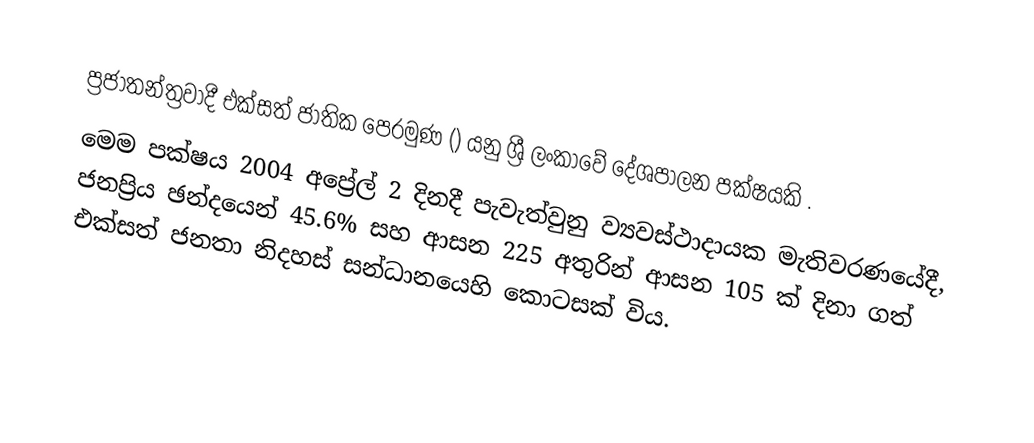
ප්‍රජාතන්ත්‍රවාදී එක්සත් ජාතික පෙරමුණ  () යනු ශ්‍රී ලංකාවේ  දේශපාලන පක්ෂයකි .
මෙම පක්ෂය 2004 අප්‍රේල් 2 දිනදී පැවැත්වුනු  ව්‍යවස්ථාදායක මැතිවරණයේදී, ජනප්‍රිය ඡන්දයෙන් 45.6% සහ ආසන 225 අතුරින් ආසන 105 ක් දිනා ගත්  එක්සත් ජනතා නිදහස් සන්ධානයෙහි කොටසක් විය.